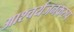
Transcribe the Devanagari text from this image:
आश्चर्यजनकरुप